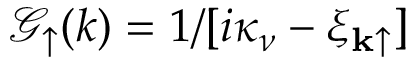
\mathcal { G } _ { \uparrow } ( k ) = 1 / [ i \kappa _ { \nu } - \xi _ { \mathbf { k } \uparrow } ]